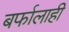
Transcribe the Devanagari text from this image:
बर्फालाही